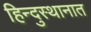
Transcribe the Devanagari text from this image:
हिन्दुस्थानात